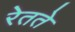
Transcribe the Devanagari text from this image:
रेतते